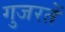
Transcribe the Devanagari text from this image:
गुजरतें